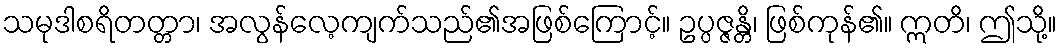
သမုဒါစရိတတ္တာ၊ အလွန်လေ့ကျက်သည်၏အဖြစ်ကြောင့်။ ဥပ္ပဇ္ဇန္တိ၊ ဖြစ်ကုန်၏။ ဣတိ၊ ဤသို့။